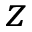
z